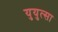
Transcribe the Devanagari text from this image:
युयुत्सा